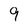
Character: 9